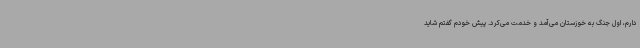
دارم، اول جنگ به خوزستان می‌آمد و خدمت می‌کرد. پیش خودم گفتم شاید